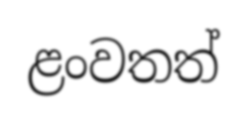
ළංවතත්